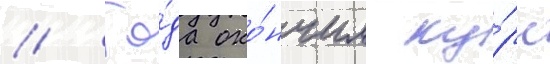
// Го́да око́нчил ку́рс